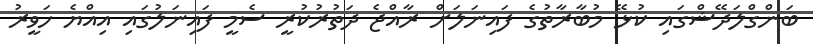
ބަންގްލަދޭޝްގައި ކުޅޭ މުބާރާތުގެ ފައިނަލަށް ރާއްޖެ ދަތުރުކުރީ ސެމީ ފައިނަލުގައި އިއްޔެ ހަވީރު